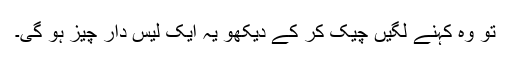
تو وہ کہنے لگیں چیک کر کے دیکھو یہ ایک لیس دار چیز ہو گی۔